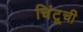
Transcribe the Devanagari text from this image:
चिंटूची